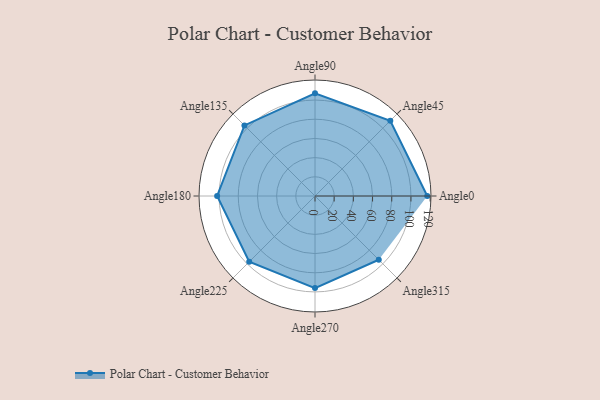
{"axis": {"x": "Angle", "y": "Radius"}, "legend": [""], "data": [{"x": "Angle0", "y": 117.0, "type": ""}, {"x": "Angle45", "y": 111.0, "type": ""}, {"x": "Angle90", "y": 107.0, "type": ""}, {"x": "Angle135", "y": 104.0, "type": ""}, {"x": "Angle180", "y": 102.0, "type": ""}, {"x": "Angle225", "y": 97.0, "type": ""}, {"x": "Angle270", "y": 96.0, "type": ""}, {"x": "Angle315", "y": 94.0, "type": ""}]}